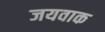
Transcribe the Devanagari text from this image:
जयवाक